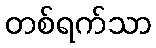
တစ်ရက်သာ